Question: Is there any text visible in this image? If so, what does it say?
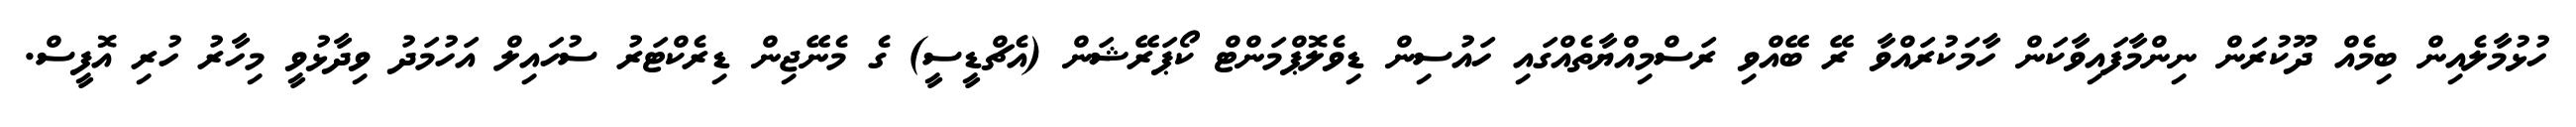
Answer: ހުޅުމާލެއިން ބިމެއް ދޫކުރަން ނިންމާފައިވާކަން ހާމަކުރައްވާ ރޭ ބޭއްވި ރަސްމިއްޔާތެއްގައި ހައުސިން ޑިވެލޮޕްމަންޓް ކޯޕަރޭޝަން (އެޗްޑީސީ) ގެ މެނޭޖިން ޑިރެކްޓަރު ސުހައިލް އަހުމަދު ވިދާޅުވީ މިހާރު ހުރި އޮފީސް.